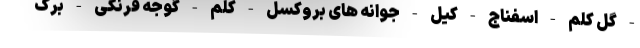
- گل کلم - اسفناج - کیل - جوانه های بروکسل - کلم - گوجه فرنگی - برگ